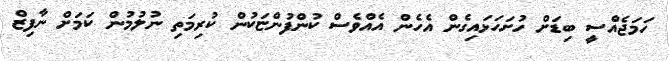
ހަމަޖެއްސީ ބިޑަށް ހުށަހަޅައިގެން އެހެން އެއްވެސް ކުންފުންޏަކުން ކުރިމަތި ނުލުމުން ކަމަށް ނާފިޒް